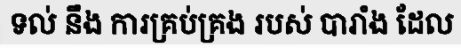
ទល់ នឹង ការគ្រប់គ្រង របស់ បារាំង ដែល